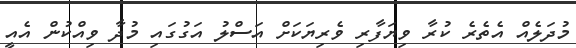
މުދަލެއް އެތެރެ ކުރާ ވިޔަފާރި ވެރިޔަކަށް އަސްލު އަގުގައި މުދާ ވިއްކުން އެއީ